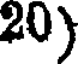
20)